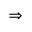
\Rightarrow